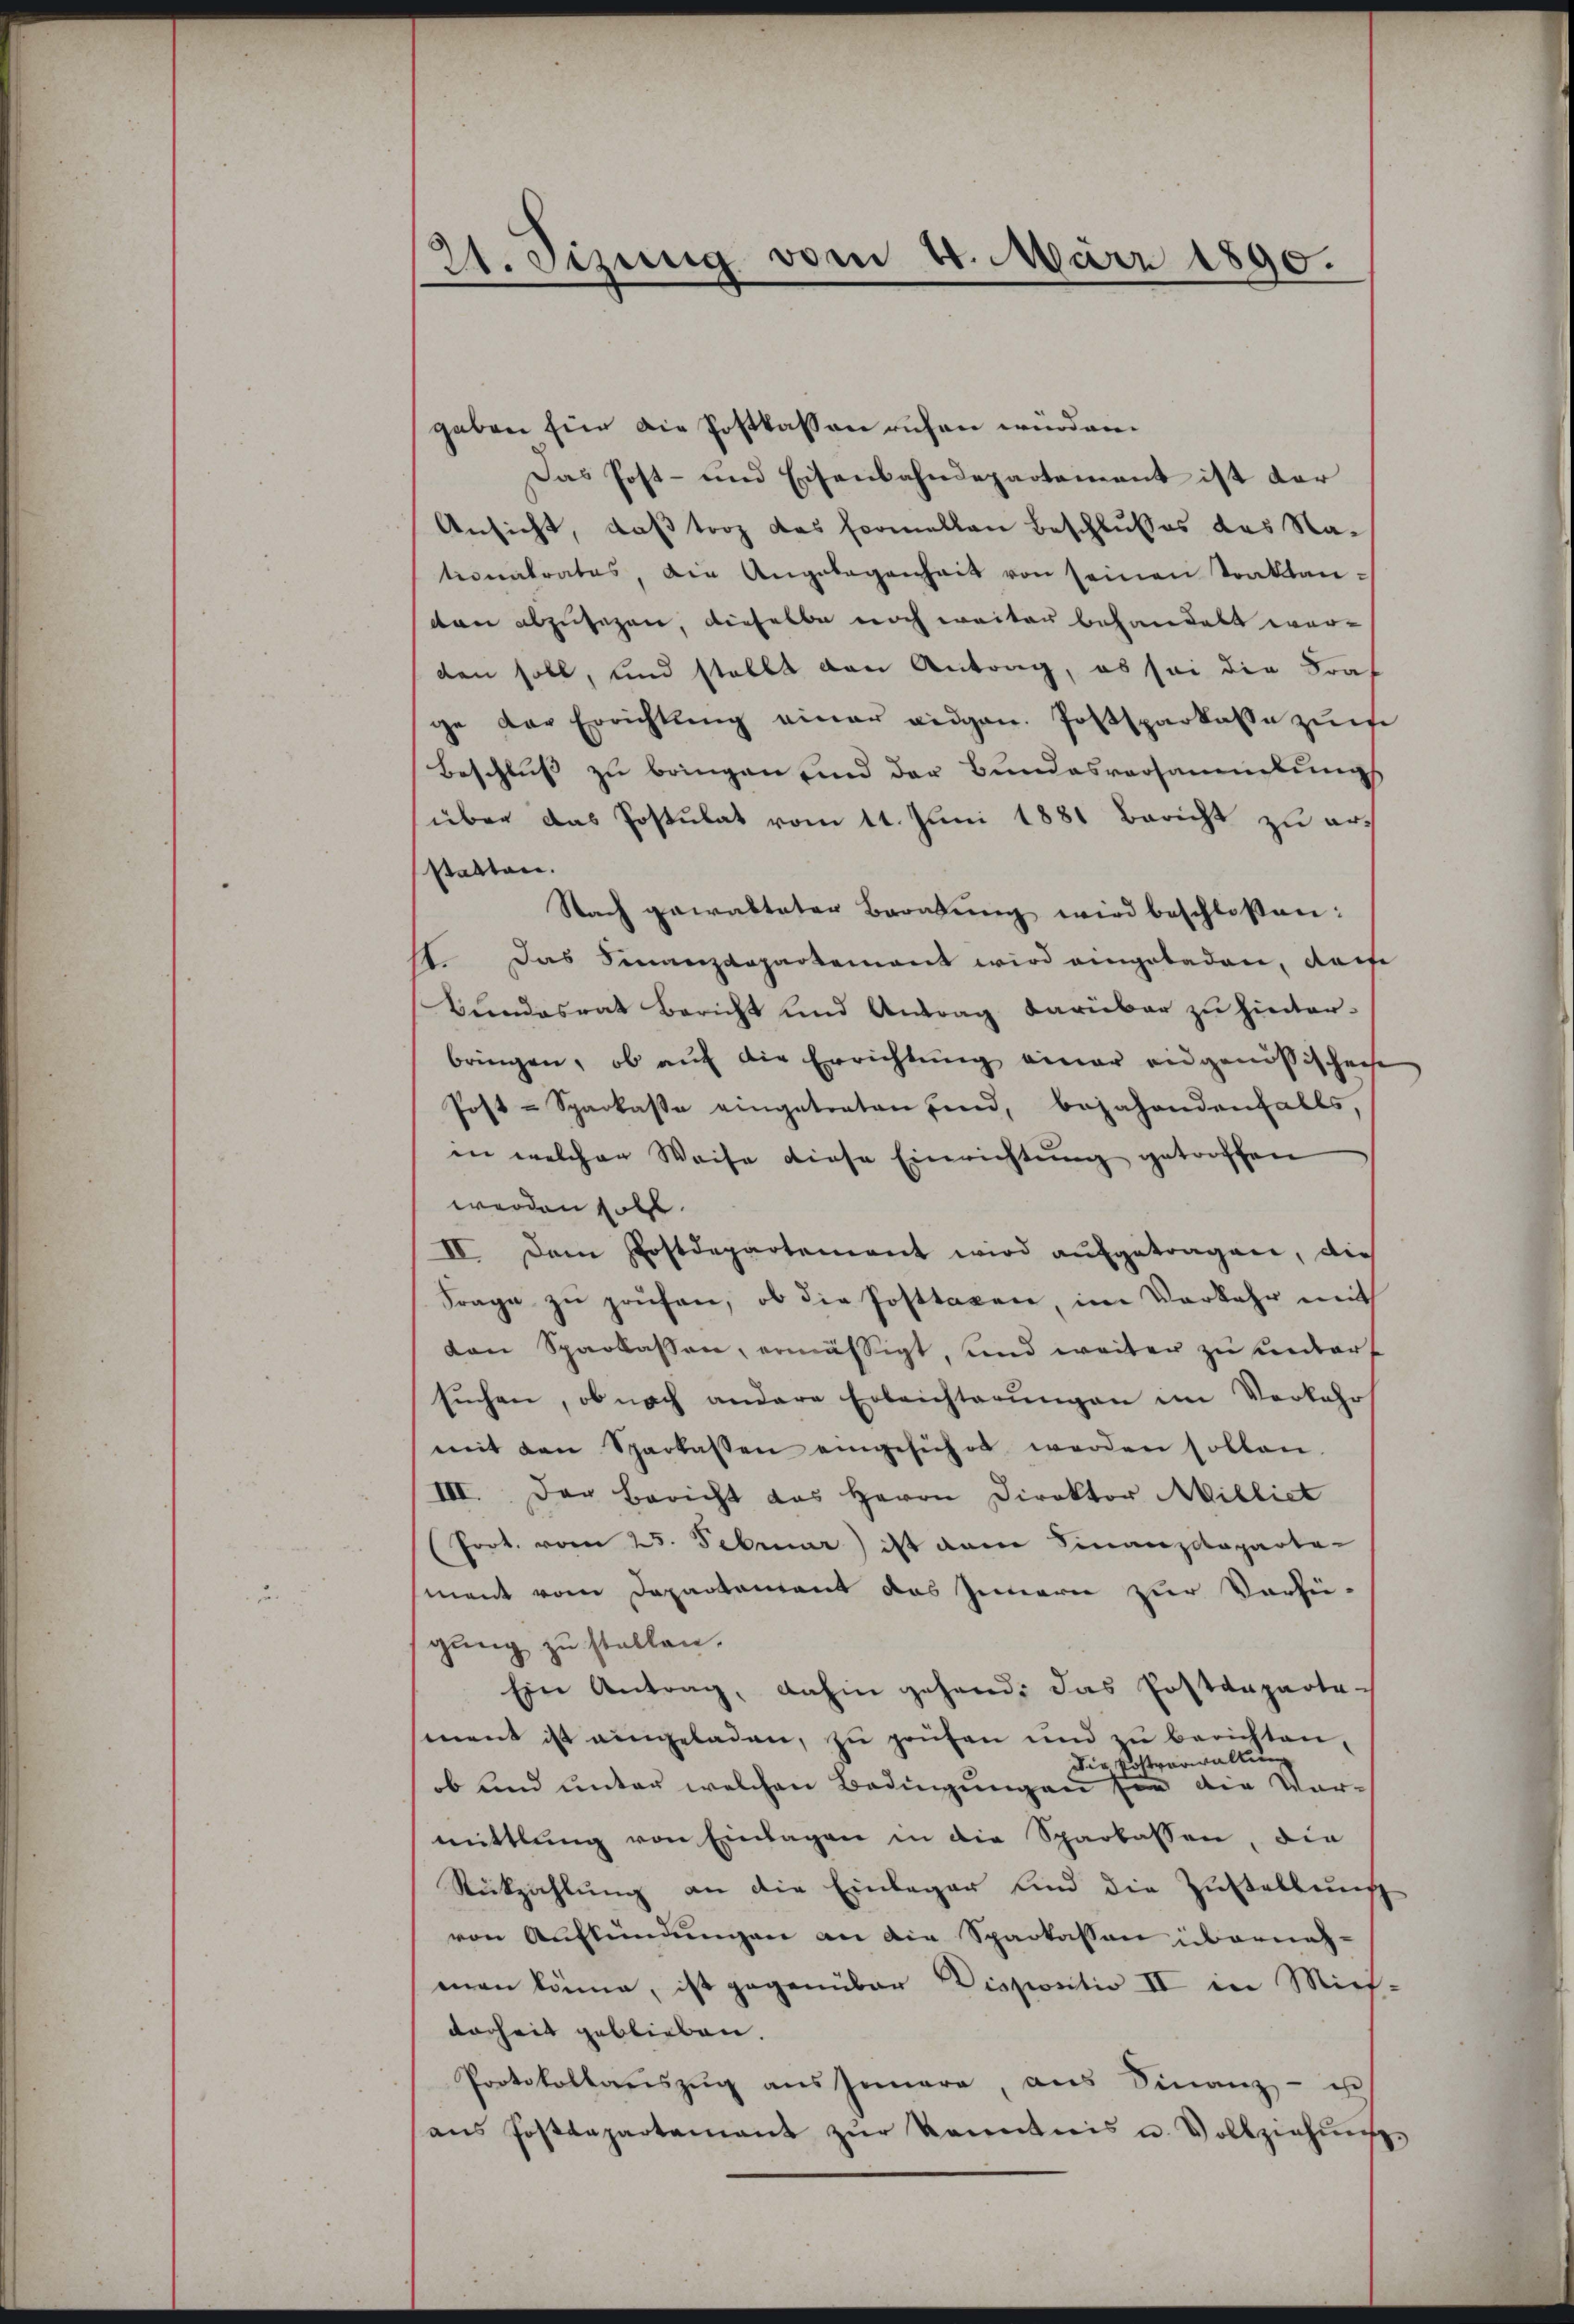
21. Jezung vom 20. März 1890.

gaben für die Postkassen ruhen würden.
Das Post- und Eisenbahndepartement ist dar
Ansicht, daß trotz das Formellen Beschlußes das Stationalrates, die Angelegenheit von seinen Traktanten abzusagen, dieselbe noch weiter behandelt wor-
den soll, und stellt von Antrag, es sei die Traf
ge der Errichtŭng einer eidgen. Postsparkasse zum
Beschluß zu bringen und der Bundesversammlung
über das Postulat vom 11. Juni 1881 Bericht zu erstatten.
Nach gewalteter Beratŭng wird beschloßen:
st. Das Finanzdepartement wird eingeladen, dasse
Bundesrat Bericht und Antrag darüber zu hinterbringen, ob auf die Errichtung einer eidgenößischene
Post-Sparkasse eingetreten sind, bejahendenfalls,
in welcher Weise diese Einrichtung getroffen
werden sollt.
II. Dem Postdepartement wird aŭfgetragen, die
Frage zŭ prüfen, ob die Posttaxen, im Vorkehr mit
don Sparkassen, ermässigt, und weiter zu untert
sŭchen, ob nach andere Erleichterŭngen im Verkehr
mit den Sparkassen eingesichet werden sollen.
III. Der Bericht das Herrn Direktor Milliet
(Prot. vom 25. Februar ist dem Finanzdeparta-
ment vom Departement das Innern zur Verfü-
gung zu stellen.
Ein Antrag, dahin gehend das Postdepartesment ist eingeladen, zu prüfen und zu berichten,
Die Postverwaltung
ob und unter welchen Bedingungen sie die Vormittlung von Einlagen in die Sparkassen, die
Rückzahlung an die Einlager sind die Zustellung
von Auskündungen an die Sparkassen übernahman könne, ist gegenüber Dispositio II in Mich-
dorheit geblieben.
Protokollaŭszŭg ans Innere, ans Finanz- u
ans Postdepartamant zŭr kanntnis u. Vollziehŭngs-